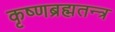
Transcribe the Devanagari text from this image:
कृष्णब्रह्मतन्त्र